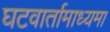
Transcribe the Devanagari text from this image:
घटवार्तामाध्यमा